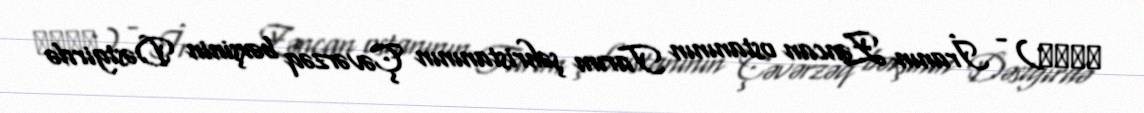
قلات) - İranın Zəncan ostanının Tarım şəhristanının Çəvərzəq bəxşinin Dəstgirdə